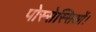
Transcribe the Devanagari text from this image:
पोस्सेस्सिओं।